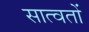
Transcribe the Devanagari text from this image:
सात्वतों